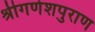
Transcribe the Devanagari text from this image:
श्रीगणेशपुराण